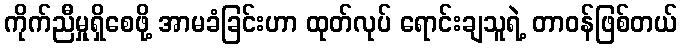
ကိုက်ညီမှုရှိစေဖို့ အာမခံခြင်းဟာ ထုတ်လုပ် ရောင်းချသူရဲ့ တာဝန်ဖြစ်တယ်